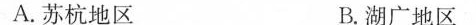
A.苏杭地区 B.湖广地区